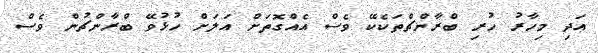
އަދި މިހާރު ހުރި ބްރާންޗްތަކެކޭ ވެސް އެއްގޮތަށް އަލަށް ހުޅުވޭ ބްރާންޗުން ވެސް